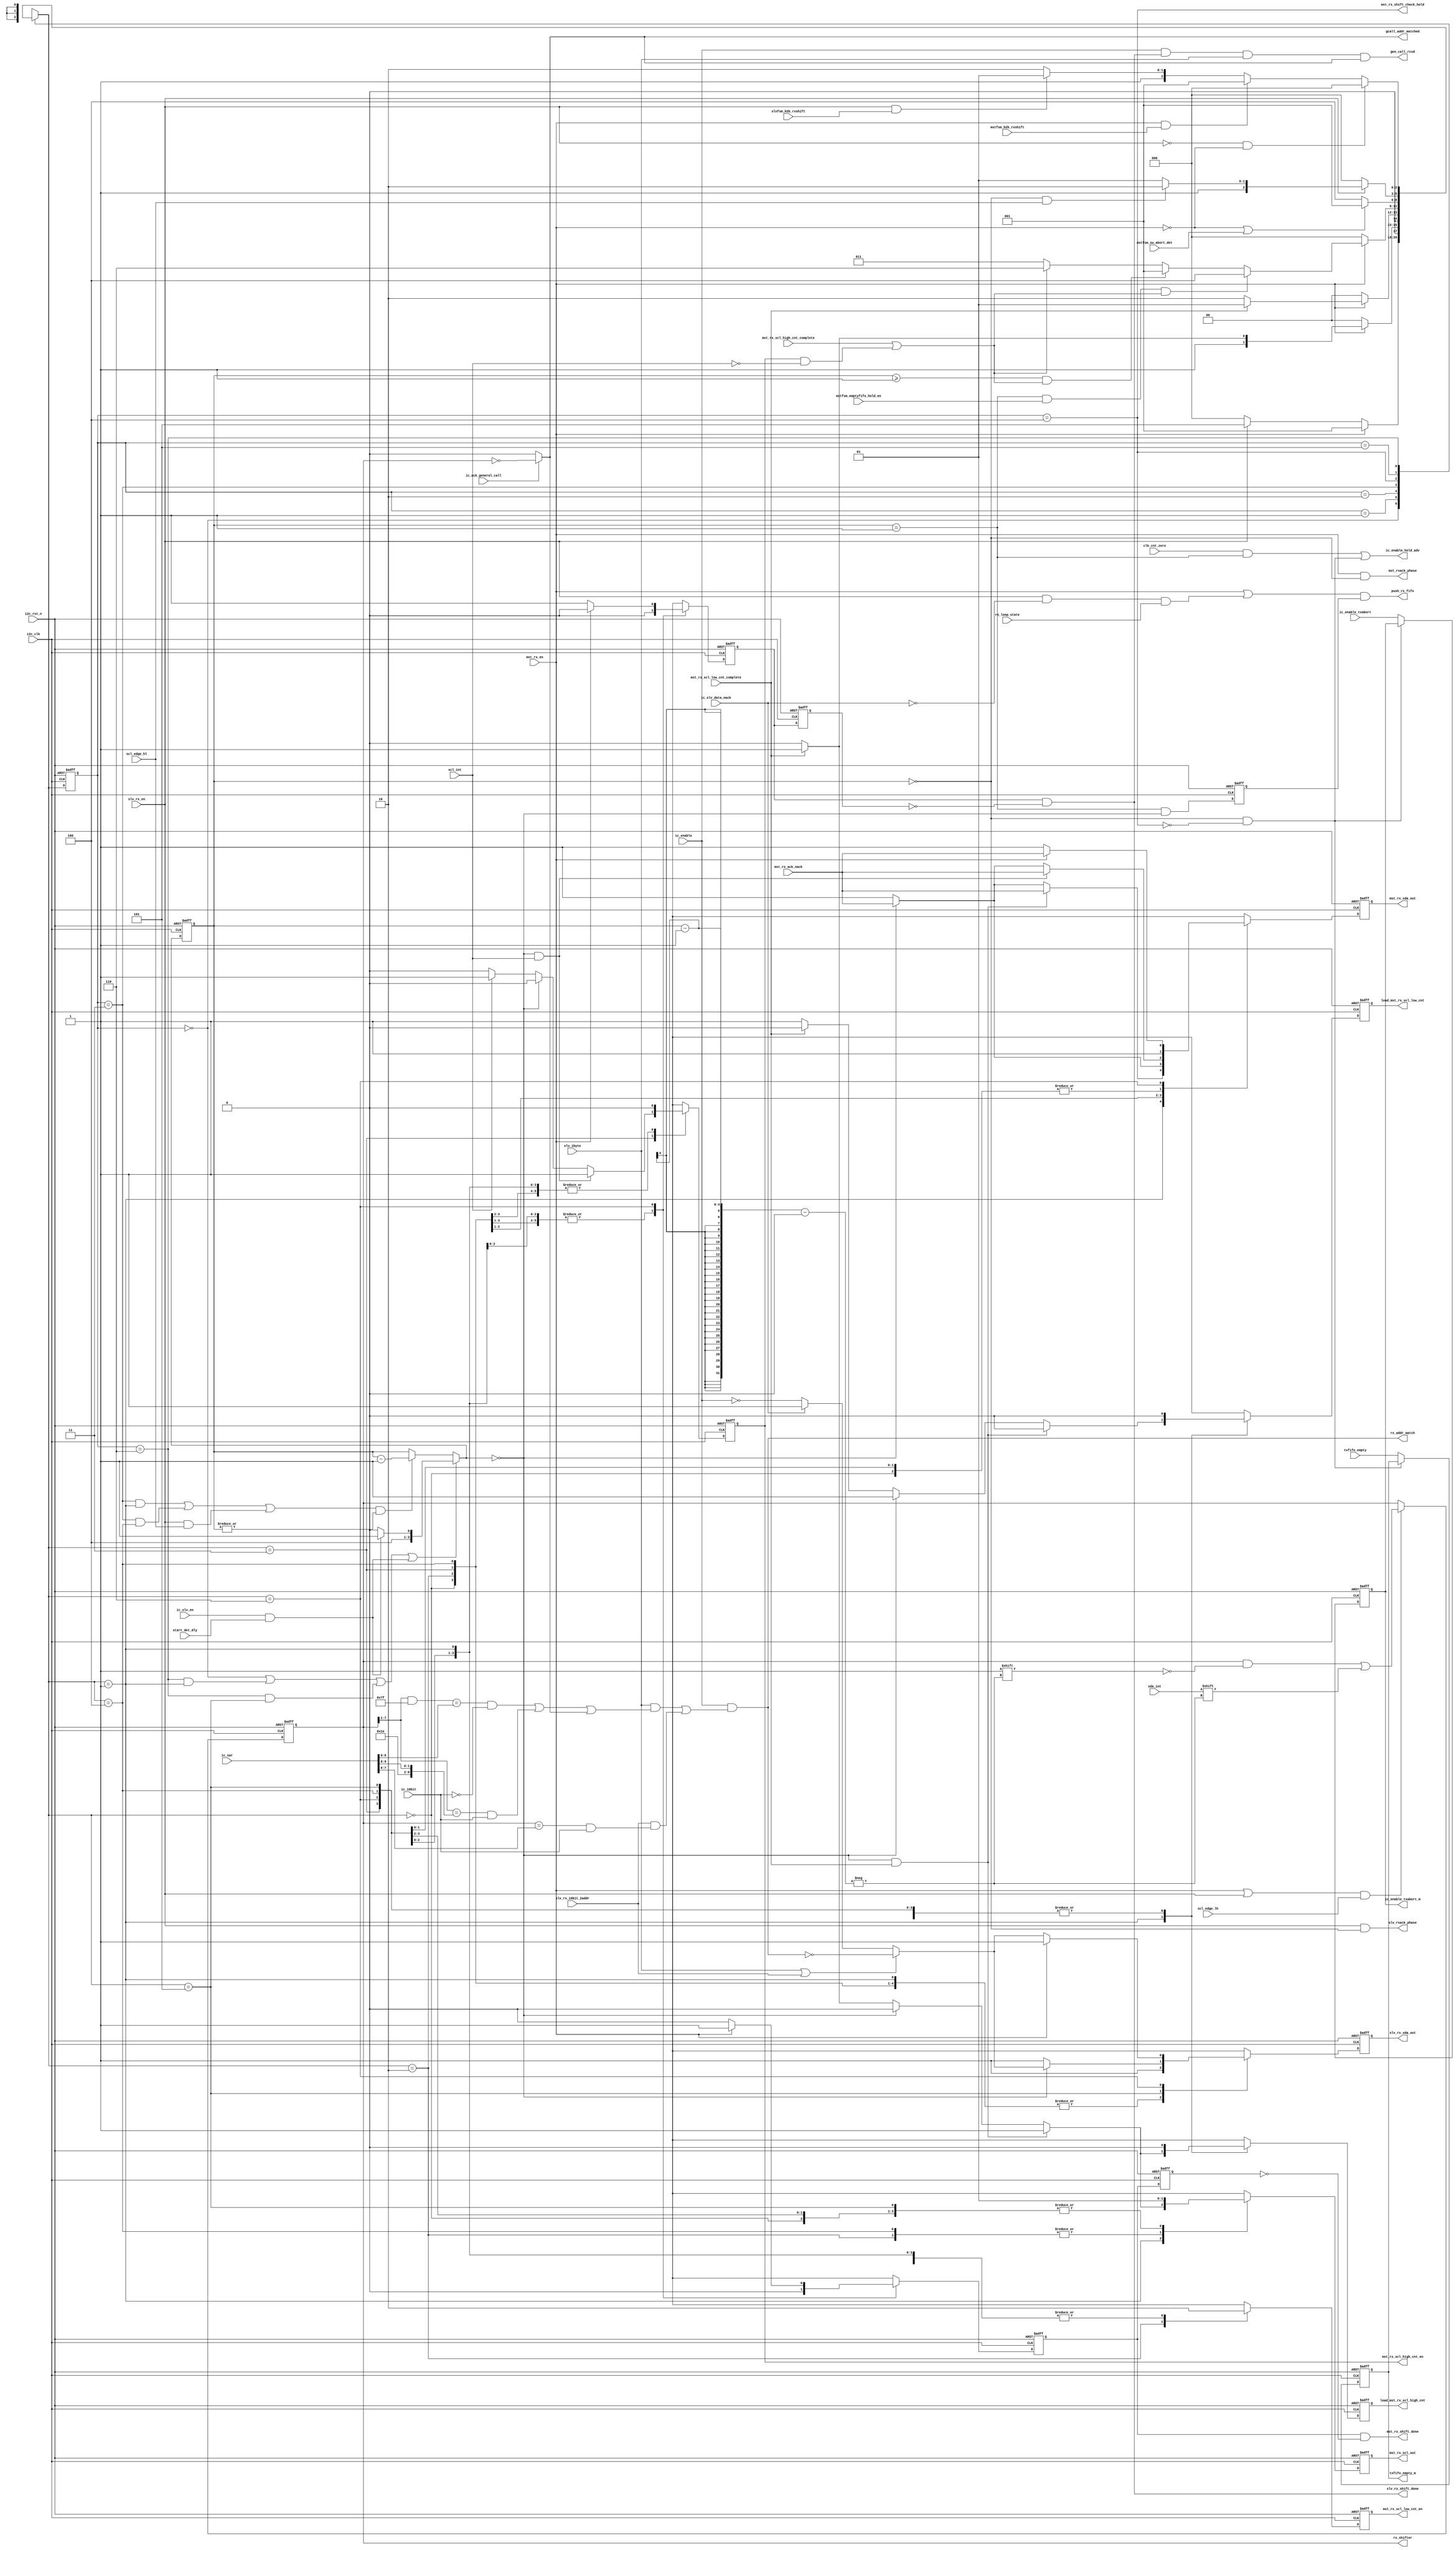
// (C) 2001-2018 Intel Corporation. All rights reserved.
// Your use of Intel Corporation's design tools, logic functions and other 
// software and tools, and its AMPP partner logic functions, and any output 
// files from any of the foregoing (including device programming or simulation 
// files), and any associated documentation or information are expressly subject 
// to the terms and conditions of the Intel Program License Subscription 
// Agreement, Intel FPGA IP License Agreement, or other applicable 
// license agreement, including, without limitation, that your use is for the 
// sole purpose of programming logic devices manufactured by Intel and sold by 
// Intel or its authorized distributors.  Please refer to the applicable 
// agreement for further details.


`timescale 1 ps / 1 ps
module altr_i2c_rxshifter #(
	parameter ADDRESS_STEALING = 0
)(
    input               i2c_clk,
    input               i2c_rst_n,
    input               mst_rx_scl_high_cnt_complete,
    input               mst_rx_scl_low_cnt_complete,
    input               mst_rx_en,
    input               slv_rx_en,
    input               scl_int,
    input               sda_int,
    input               mstfsm_emptyfifo_hold_en,
    input               scl_edge_hl,	
    input               scl_edge_lh,
    input               slv_1byte,
    input               slv_rx_10bit_2addr,
    input [9:0]         ic_sar,
    input               mstfsm_b2b_rxshift,
    input               mst_rx_ack_nack,
    input               slvfsm_b2b_rxshift,
    input               ic_slv_data_nack,
    input               rx_loop_state,
    input               ic_ack_general_call,
    input               ic_enable,
    input               ic_slv_en,
    input               start_det_dly,
    input               ic_10bit,
    input               mstfsm_sw_abort_det,
    input               ic_enable_txabort,
    input               txfifo_empty,
    input               clk_cnt_zero,

    output              push_rx_fifo,
    output reg          mst_rx_scl_high_cnt_en,
    output reg          mst_rx_scl_low_cnt_en,
    output              mst_rx_shift_done,
    output              mst_rx_shift_check_hold,
    output reg          mst_rx_scl_out,
    output reg          mst_rx_sda_out,
    output reg          load_mst_rx_scl_high_cnt,
    output reg          load_mst_rx_scl_low_cnt,
    output reg [7:0]    rx_shifter,
    output reg          slv_rx_sda_out,
    output              slv_rx_shift_done,
    output              rx_addr_match,
    output              gen_call_rcvd,
    output              mst_rxack_phase,
    output              slv_rxack_phase,
    output		gcall_addr_matched,
    output reg          ic_enable_txabort_m,
    output              ic_enable_hold_adv,
    output reg          txfifo_empty_m

);


localparam IDLE          = 3'b000;
localparam RX_CLK_LOAD   = 3'b001;
localparam RX_CLK_LOW    = 3'b010;
localparam RX_CLK_HIGH   = 3'b011;
localparam RX_HOLD       = 3'b100; 
localparam RX_SLV_SHIFT  = 3'b101;
localparam RX_DONE       = 3'b110;


// wires & registers declaration
reg [2:0]           rx_shiftfsm_state, rx_shiftfsm_nx_state;
reg [3:0]	    rx_shiftbit_counter;
reg [3:0]	    rx_shiftbit_counter_nxt;
reg                 push_rx_fifo_en_flp;
reg                 mst_rx_shift_done_gen;
reg                 mst_rx_shift_done_gen_dly;
reg                 slv_rx_shift_done_gen;
reg                 slv_rx_shift_done_gen_dly;

wire [3:0]	    rx_shiftbit_counter_init;
wire 		    rx_idle_state;
wire 		    rx_done_state;
wire 		    rx_clk_high_state;
wire 		    rx_clk_load_nx_state;
wire                rx_slv_shift_nx_state;
wire 		    arc_rx_done_load;
wire 		    arc_rx_clk_high_load;
wire		    rx_clk_hold_state;
wire		    rx_clk_hold_nx_state;
wire		    arc_rx_clk_high_hold;
wire                arc_rx_done_rx_slv_shift;
wire 		    load_cnt;
wire 		    decr_cnt;
wire                push_rx_fifo_en;
wire                rx_shiftbit_counter_notzero;

wire [7:0]	    gcall_addr;
wire [6:0]	    tenbit_addr1;	//FIXME: to be confirmed the total bit number
wire [7:0]	    tenbit_addr2;
wire [6:0]	    sevenbit_addr;
wire		    sevenbit_addr_matched;
wire		    tenbit_addr1_matched;
wire		    tenbit_addr2_matched;

wire                slv_rx_ack_nack;
wire                slv_rx_data_ack;

wire                ic_enable_txabort_hold;
wire [2:0]			addr_steal_bit;

assign addr_steal_bit = (ADDRESS_STEALING == 0) ? 3'b111 :
							(ADDRESS_STEALING == 1) ? 3'b110 :
								(ADDRESS_STEALING == 2) ? 3'b100 :
									(ADDRESS_STEALING == 3) ? 3'b000 : 3'b111;

assign mst_rxack_phase          = mst_rx_en & (rx_shiftbit_counter == 4'b0000);
assign slv_rxack_phase          = slv_rx_en & (rx_shiftbit_counter == 4'b0000);

assign rx_idle_state            = (rx_shiftfsm_state == IDLE);
assign rx_done_state            = (rx_shiftfsm_state == RX_DONE);
assign rx_clk_high_state        = (rx_shiftfsm_state == RX_CLK_HIGH);
assign rx_clk_hold_state        = (rx_shiftfsm_state == RX_HOLD);

assign rx_clk_load_nx_state     = (rx_shiftfsm_nx_state == RX_CLK_LOAD);
assign rx_clk_hold_nx_state     = (rx_shiftfsm_nx_state == RX_HOLD);
assign rx_slv_shift_nx_state    = (rx_shiftfsm_nx_state == RX_SLV_SHIFT);

assign arc_rx_done_load         = rx_done_state & rx_clk_load_nx_state;
assign arc_rx_clk_high_load	= rx_clk_high_state & rx_clk_load_nx_state;
assign arc_rx_clk_high_hold	= rx_clk_high_state & rx_clk_hold_nx_state;
assign arc_rx_done_rx_slv_shift = rx_done_state & rx_slv_shift_nx_state;

assign load_cnt                 = rx_idle_state | arc_rx_done_load | arc_rx_done_rx_slv_shift | (ic_slv_en & start_det_dly);
assign decr_cnt                 = (arc_rx_clk_high_load | arc_rx_clk_high_hold | (slv_rx_en & scl_edge_hl)) & rx_shiftbit_counter_notzero;

assign rx_shiftbit_counter_notzero = | rx_shiftbit_counter;

assign push_rx_fifo		= (mst_rx_en | (slv_rx_en & ~ic_slv_data_nack & rx_loop_state)) & push_rx_fifo_en_flp;

assign push_rx_fifo_en          = (rx_shiftbit_counter == 4'b0001) & (rx_shiftbit_counter_nxt == 4'b0000);

assign mst_rx_shift_check_hold  = rx_clk_hold_state;

assign rx_shiftbit_counter_init = (ic_slv_en & start_det_dly) ? 4'b1001 : 4'b1000;

always @(posedge i2c_clk or negedge i2c_rst_n) begin
    if(!i2c_rst_n)
        push_rx_fifo_en_flp <= 1'b0;
    else
        push_rx_fifo_en_flp <= push_rx_fifo_en;
end

always @* begin
    if (load_cnt)
        rx_shiftbit_counter_nxt = rx_shiftbit_counter_init;
    else if (decr_cnt)
        rx_shiftbit_counter_nxt = rx_shiftbit_counter - 4'b0001;
    else
        rx_shiftbit_counter_nxt = rx_shiftbit_counter;
end


// bit number counter
always @(posedge i2c_clk or negedge i2c_rst_n) begin
    if(!i2c_rst_n)
        rx_shiftbit_counter <= 4'b1000;
    else
        rx_shiftbit_counter <= rx_shiftbit_counter_nxt;
end




// TX shifter fsm 
always @(posedge i2c_clk or negedge i2c_rst_n) begin
    if (!i2c_rst_n)
       rx_shiftfsm_state <= IDLE;
    else
       rx_shiftfsm_state <= rx_shiftfsm_nx_state;
end

always @* begin
    case(rx_shiftfsm_state)
        IDLE	: begin
            if (mst_rx_en)
                rx_shiftfsm_nx_state = RX_CLK_LOAD;
	    else if (slv_rx_en)
	    	rx_shiftfsm_nx_state = RX_SLV_SHIFT;
	    else 
	    	rx_shiftfsm_nx_state = IDLE;
	end

	RX_CLK_LOAD : begin
	    if (~mst_rx_en)
		rx_shiftfsm_nx_state = IDLE;
	    else if (mst_rx_scl_low_cnt_complete)
		rx_shiftfsm_nx_state = RX_CLK_HIGH;
	    else 
		rx_shiftfsm_nx_state = RX_CLK_LOW;
	end

	RX_CLK_LOW : begin
	    if (~mst_rx_en)
		rx_shiftfsm_nx_state = IDLE;
	    else if (mst_rx_scl_low_cnt_complete)
		rx_shiftfsm_nx_state = RX_CLK_LOAD;
	    else 
		rx_shiftfsm_nx_state = RX_CLK_LOW;
	end

	RX_CLK_HIGH : begin 
	    if (~mst_rx_en) 
	    	rx_shiftfsm_nx_state = IDLE;
	    else if ((rx_shiftbit_counter == 4'b0001) & mstfsm_emptyfifo_hold_en & (mst_rx_scl_high_cnt_complete | (mst_rx_scl_high_cnt_en & ~scl_int)))
	    	rx_shiftfsm_nx_state = RX_HOLD;
	    else if ((rx_shiftbit_counter >= 4'b0001) & (mst_rx_scl_high_cnt_complete | (mst_rx_scl_high_cnt_en & ~scl_int)))
	    	rx_shiftfsm_nx_state = RX_CLK_LOAD;
	    else if (mst_rx_scl_high_cnt_complete | (mst_rx_scl_high_cnt_en & ~scl_int))
	    	rx_shiftfsm_nx_state = RX_DONE;
	    else
	    	rx_shiftfsm_nx_state = RX_CLK_HIGH;
	end

	RX_HOLD	: begin
	    if (~mst_rx_en | mstfsm_sw_abort_det)
		//rx_shiftfsm_nx_state = IDLE; 
		rx_shiftfsm_nx_state = RX_CLK_LOAD; 
	    //else if (~mstfsm_emptyfifo_hold_en)
		//rx_shiftfsm_nx_state = RX_CLK_LOAD; 
	    else 
		rx_shiftfsm_nx_state = RX_HOLD;
	end 

	RX_SLV_SHIFT : begin
	    if (~slv_rx_en)
		rx_shiftfsm_nx_state = IDLE;
	    else if ((rx_shiftbit_counter == 4'b0000) & scl_edge_hl)
		rx_shiftfsm_nx_state = RX_DONE;
	    else
		rx_shiftfsm_nx_state = RX_SLV_SHIFT;
	end

	RX_DONE	: begin
	    if (~slv_rx_en & ~mst_rx_en)
		rx_shiftfsm_nx_state = IDLE;
            else if (mst_rx_en & mstfsm_b2b_rxshift)
		rx_shiftfsm_nx_state = RX_CLK_LOAD;
            else if (slv_rx_en & slvfsm_b2b_rxshift)
		rx_shiftfsm_nx_state = RX_SLV_SHIFT;
	    else
		rx_shiftfsm_nx_state = RX_DONE;
	end

	default: rx_shiftfsm_nx_state = 3'bx;
      endcase
  end



always @(posedge i2c_clk or negedge i2c_rst_n) begin
    if (!i2c_rst_n) begin
    mst_rx_scl_high_cnt_en      <= 1'b0;
	mst_rx_scl_low_cnt_en       <= 1'b0;
	mst_rx_shift_done_gen       <= 1'b0;
	mst_rx_scl_out              <= 1'b1;
	mst_rx_sda_out              <= 1'b1;
	load_mst_rx_scl_high_cnt    <= 1'b0;
	load_mst_rx_scl_low_cnt     <= 1'b0;
	slv_rx_sda_out              <= 1'b1;
	slv_rx_shift_done_gen       <= 1'b0;
    end
    else begin
	case(rx_shiftfsm_nx_state)
            IDLE : begin
                mst_rx_scl_high_cnt_en      <= 1'b0;
                mst_rx_scl_low_cnt_en       <= 1'b0;
                mst_rx_shift_done_gen       <= 1'b0;
                mst_rx_scl_out              <= 1'b1;
                mst_rx_sda_out              <= 1'b1;
                load_mst_rx_scl_high_cnt    <= 1'b0;
                load_mst_rx_scl_low_cnt     <= 1'b0;
                slv_rx_sda_out              <= 1'b1;
                slv_rx_shift_done_gen       <= 1'b0;
	    end

            RX_CLK_LOAD : begin
                mst_rx_scl_high_cnt_en      <= 1'b0;
                mst_rx_scl_low_cnt_en       <= 1'b0;
                mst_rx_shift_done_gen       <= 1'b0;
                slv_rx_sda_out              <= 1'b1;
                slv_rx_shift_done_gen       <= 1'b0;
		
                if ((rx_shiftbit_counter_nxt == 4'b0000) & mst_rx_scl_low_cnt_complete) begin
		    mst_rx_scl_out              <= 1'b1;
		    mst_rx_sda_out              <= mst_rx_ack_nack;
		    load_mst_rx_scl_high_cnt    <= 1'b1;
		    load_mst_rx_scl_low_cnt     <= 1'b0;
		 end
                 else if (rx_shiftbit_counter_nxt == 4'b0000) begin
		    mst_rx_scl_out              <= 1'b0;
                    mst_rx_sda_out              <= mst_rx_ack_nack;
		    load_mst_rx_scl_high_cnt    <= 1'b0;
		    load_mst_rx_scl_low_cnt     <= 1'b1;
                 end
                 else if (mst_rx_scl_low_cnt_complete) begin
                    mst_rx_scl_out              <= 1'b1;
                    mst_rx_sda_out              <= 1'b1;
		    load_mst_rx_scl_high_cnt    <= 1'b1;
		    load_mst_rx_scl_low_cnt     <= 1'b0;
                 end
		 else begin
                    mst_rx_scl_out              <= 1'b0;
                    mst_rx_sda_out              <= 1'b1;
		    load_mst_rx_scl_high_cnt    <= 1'b0;
		    load_mst_rx_scl_low_cnt     <= 1'b1;
                 end
	    end

	    RX_CLK_LOW : begin
                mst_rx_scl_high_cnt_en      <= 1'b0;
                mst_rx_scl_low_cnt_en       <= 1'b1;
                mst_rx_shift_done_gen       <= 1'b0;
                mst_rx_scl_out              <= 1'b0;
                load_mst_rx_scl_high_cnt    <= 1'b0;
                load_mst_rx_scl_low_cnt     <= 1'b0;
                slv_rx_sda_out              <= 1'b1;
                slv_rx_shift_done_gen       <= 1'b0;

		if (rx_shiftbit_counter_nxt == 4'b0000)  // 4'b000 is ACK waiting bit
		    mst_rx_sda_out <= mst_rx_ack_nack;
		else
		    mst_rx_sda_out <= 1'b1;
	    end

            RX_CLK_HIGH : begin
                mst_rx_scl_low_cnt_en       <= 1'b0;
                mst_rx_shift_done_gen       <= 1'b0;
                mst_rx_scl_out              <= 1'b1;
                load_mst_rx_scl_high_cnt    <= 1'b0;
                load_mst_rx_scl_low_cnt     <= 1'b0;
                slv_rx_sda_out              <= 1'b1;
                slv_rx_shift_done_gen       <= 1'b0;
	        
                if ((rx_shiftbit_counter_nxt == 4'b0000) & scl_int) begin	// FIXME: CLK synchronization to SCL is one clock after
					mst_rx_sda_out          <= mst_rx_ack_nack;
					mst_rx_scl_high_cnt_en  <= 1'b1;
				end
		else if (rx_shiftbit_counter_nxt == 4'b0000) begin
                    mst_rx_sda_out          <= mst_rx_ack_nack;
		    mst_rx_scl_high_cnt_en  <= 1'b0;
		end
		else if (scl_int) begin
                    mst_rx_sda_out          <= 1'b1;
                    mst_rx_scl_high_cnt_en  <= 1'b1;
		end
		else begin
                    mst_rx_sda_out          <= 1'b1;
                    mst_rx_scl_high_cnt_en  <= 1'b0;
		end
            end

            RX_HOLD : begin
                mst_rx_scl_high_cnt_en      <= 1'b0;
                mst_rx_scl_low_cnt_en       <= 1'b0;
                mst_rx_sda_out              <= 1'b1;
                mst_rx_shift_done_gen       <= 1'b0;
                mst_rx_scl_out              <= 1'b0;
                slv_rx_sda_out              <= 1'b1;
                slv_rx_shift_done_gen       <= 1'b0;
                load_mst_rx_scl_high_cnt    <= 1'b0;
                load_mst_rx_scl_low_cnt     <= 1'b0;
	    end

            RX_SLV_SHIFT : begin
                mst_rx_scl_high_cnt_en      <= 1'b0;
                mst_rx_scl_low_cnt_en       <= 1'b0;
                mst_rx_sda_out              <= 1'b1;
                mst_rx_shift_done_gen       <= 1'b0;
                mst_rx_scl_out              <= 1'b1;
                load_mst_rx_scl_high_cnt    <= 1'b0;
                load_mst_rx_scl_low_cnt     <= 1'b0;
		
                if (rx_shiftbit_counter_nxt == 4'b0000) begin
					slv_rx_sda_out          <= slv_rx_ack_nack;
					slv_rx_shift_done_gen   <= 1'b0;
				end
				else if ((rx_shiftbit_counter_nxt != 4'b0000) & scl_edge_lh) begin
					slv_rx_sda_out          <= 1'b1;
					slv_rx_shift_done_gen   <= 1'b0;
				end
				else begin
					slv_rx_sda_out          <= 1'b1;
					slv_rx_shift_done_gen   <= 1'b0;
				end
            end

	    RX_DONE : begin
                mst_rx_scl_high_cnt_en      <= 1'b0;
                mst_rx_scl_low_cnt_en       <= 1'b0;
                mst_rx_scl_out              <= 1'b1;
                load_mst_rx_scl_high_cnt    <= 1'b0;
                load_mst_rx_scl_low_cnt     <= 1'b0;

			if (mst_rx_en) begin
					mst_rx_shift_done_gen   <= 1'b1;
					slv_rx_shift_done_gen   <= 1'b0;
					mst_rx_sda_out          <= mst_rx_ack_nack;
					slv_rx_sda_out          <= 1'b1;
			end
			else begin 
					mst_rx_shift_done_gen   <= 1'b0;
					slv_rx_shift_done_gen   <= 1'b1;
					mst_rx_sda_out          <= 1'b1;
					slv_rx_sda_out          <= slv_rx_ack_nack;
			end
	    end

	    default: begin
		 mst_rx_scl_high_cnt_en     <= 1'bx;
		 mst_rx_scl_low_cnt_en      <= 1'bx;
		 mst_rx_sda_out             <= 1'bx;
		 mst_rx_shift_done_gen      <= 1'bx;
		 mst_rx_scl_out             <= 1'bx;
		 load_mst_rx_scl_high_cnt   <= 1'bx;
		 load_mst_rx_scl_low_cnt    <= 1'bx;
		 slv_rx_sda_out             <= 1'bx;
		 slv_rx_shift_done_gen      <= 1'bx;
	    end
	  endcase
	end
  end


always @(posedge i2c_clk or negedge i2c_rst_n) begin
    if (!i2c_rst_n)
        rx_shifter <= 8'h0;
    else if ((mst_rx_en | slv_rx_en) & scl_edge_lh)
        rx_shifter[rx_shiftbit_counter - 1] <= sda_int;
end


assign gcall_addr       = 8'b00000000;
assign tenbit_addr1     = {5'b11110, ic_sar[9:8]};
assign tenbit_addr2     = ic_sar[7:0];
assign sevenbit_addr    = ic_sar[6:0];


assign gcall_addr_matched	= ic_ack_general_call ? (rx_shifter[7:0] == gcall_addr) : 1'b0;
assign sevenbit_addr_matched	= ((rx_shifter[7:1] & {{4{1'b1}}, addr_steal_bit}) == sevenbit_addr) & ~ic_10bit;
assign tenbit_addr1_matched	= (rx_shifter[7:1] == tenbit_addr1) & ic_10bit;
assign tenbit_addr2_matched	= (rx_shifter[7:0] == tenbit_addr2) & ic_10bit;

assign gen_call_rcvd    = ic_enable & slv_rx_shift_done & slv_1byte & gcall_addr_matched;

assign rx_addr_match	= ic_enable & 
                          ((slv_1byte & (sevenbit_addr_matched | tenbit_addr1_matched | gcall_addr_matched)) | 
                          (slv_rx_10bit_2addr & tenbit_addr2_matched));

assign slv_rx_data_ack  = ic_slv_data_nack ? 1'b1 : ~ic_enable;
			  
assign slv_rx_ack_nack  = (slv_1byte | slv_rx_10bit_2addr) ? ~rx_addr_match : slv_rx_data_ack; 

always @(posedge i2c_clk or negedge i2c_rst_n) begin
    if (!i2c_rst_n) begin
        mst_rx_shift_done_gen_dly   <= 1'b0;
        slv_rx_shift_done_gen_dly   <= 1'b0;
    end
    else begin
        mst_rx_shift_done_gen_dly   <= mst_rx_shift_done_gen;
        slv_rx_shift_done_gen_dly   <= slv_rx_shift_done_gen;
    end
end

assign mst_rx_shift_done    = mst_rx_shift_done_gen & ~mst_rx_shift_done_gen_dly;
assign slv_rx_shift_done    = slv_rx_shift_done_gen & ~slv_rx_shift_done_gen_dly;


assign ic_enable_txabort_hold   = (rx_shiftbit_counter == 4'b0000) & ~rx_clk_hold_state;

assign ic_enable_hold_adv       = (clk_cnt_zero & (rx_shiftbit_counter == 4'b0001)) |
                                    ((rx_shiftbit_counter == 4'b0000) & ~rx_clk_hold_state);

always @(posedge i2c_clk or negedge i2c_rst_n) begin
    if (!i2c_rst_n) begin
        ic_enable_txabort_m     <= 1'b0;
        txfifo_empty_m          <= 1'b1;
    end
    else if (ic_enable_txabort_hold) begin
        ic_enable_txabort_m     <= ic_enable_txabort_m;
        txfifo_empty_m          <= txfifo_empty_m;
    end
    else begin
        ic_enable_txabort_m     <= ic_enable_txabort;
        txfifo_empty_m          <= txfifo_empty;
    end
end

endmodule